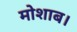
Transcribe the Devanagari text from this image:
मोशाब।